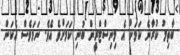
ބާތިލު ކުރާނެ ކަމަށް އެ މިނިސްޓްރީން ބުނި ކަމަށްވެ އެވެ. ނަމަވެސް އެކަން